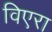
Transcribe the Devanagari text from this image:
विएरा